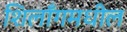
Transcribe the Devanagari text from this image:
शिलाँगमधील